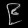
Digit: ၉